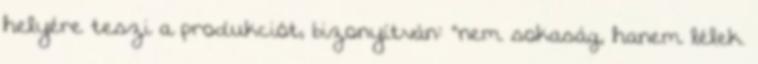
helyére teszi a produkciót, bizonyítván: "nem sokaság, hanem lélek.